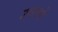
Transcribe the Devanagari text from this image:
उघरने